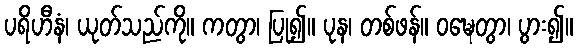
ပရိဟီနံ၊ ယုတ်သည်ကို။ ကတွာ၊ ပြု၍။ ပုန၊ တစ်ဖန်။ ဝဍ္ဎေတွာ၊ ပွား၍။